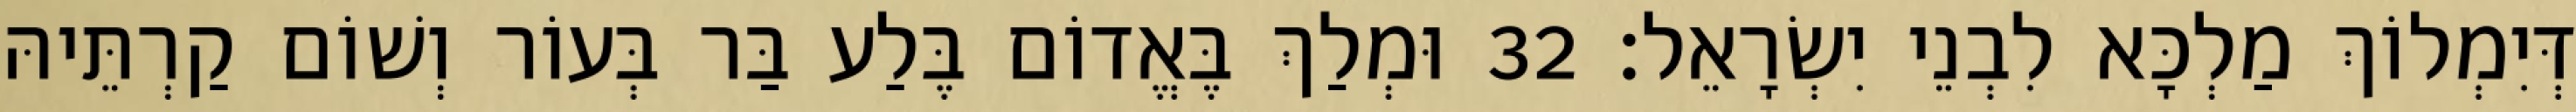
דְּיִמְלוֹךְ מַלְכָּא לִבְנֵי יִשְׂרָאֵל׃ 32 וּמְלַךְ בֶּאֱדוֹם בֶּלַע בַּר בְּעוֹר וְשׁוֹם קַרְתֵּיהּ